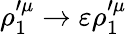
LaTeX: \rho_{1}^{\prime\mu}\rightarrow\varepsilon\rho_{1}^{\prime\mu}